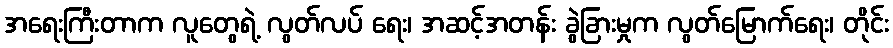
အရေးကြီးတာက လူတွေရဲ့ လွတ်လပ် ရေး၊ အဆင့်အတန်း ခွဲခြားမှုက လွတ်မြောက်ရေး၊ တိုင်း